Indian journal of veterinary science and animal husbandry - Volume 1,
Year: 1931
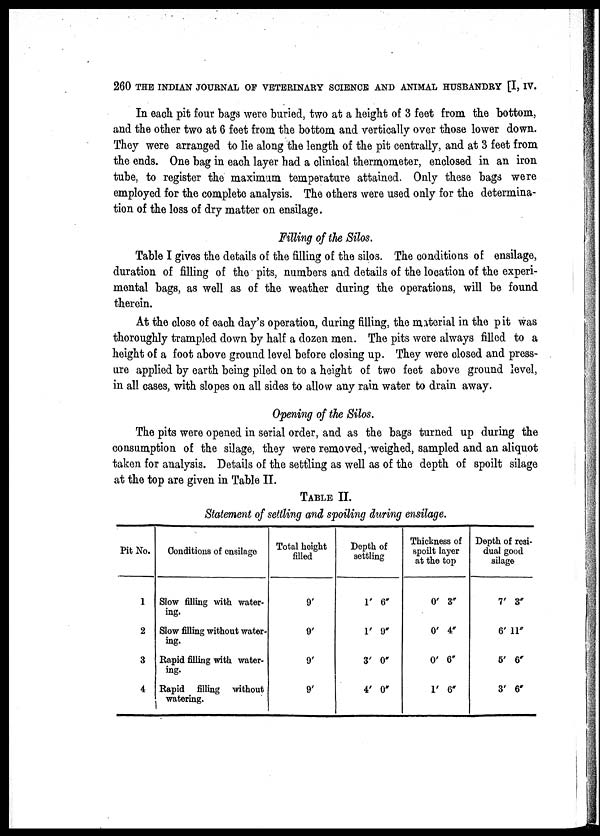
260 THE INDIAN JOURNAL OF VETERINARY SCIENCE AND ANIMAL HUSBANDRY [I, IV.
In each pit four bags were buried, two at a height of 3 feet from the bottom,
and the other two at 6 feet from the bottom and vertically over those lower down.
They were arranged to lie along the length of the pit centrally, and at 3 feet from
the ends. One bag in each layer had a clinical thermometer, enclosed in an iron
tube, to register the maximum temperature attained. Only these bags were
employed for the complete analysis. The others were used only for the determina-
tion of the loss of dry matter on ensilage.
Filling of the Silos.
Table I gives the details of the filling of the silos. The conditions of ensilage,
duration of filling of the pits, numbers and details of the location of the experi-
mental bags, as well as of the weather during the operations, will be found
therein.
At the close of each day's operation, during filling, the material in the pit was
thoroughly trampled down by half a dozen men. The pits were always filled to a
height of a foot above ground level before closing up. They were closed and press-
ure applied by earth being piled on to a height of two feet above ground level,
in all cases, with slopes on all sides to allow any rain water to drain away.
Opening of the Silos.
The pits were opened in serial order, and as the bags turned up during the
consumption of the silage, they were removed, weighed, sampled and an aliquot
taken for analysis. Details of the settling as well as of the depth of spoilt silage
at the top are given in Table II.
TABLE II.
Statement of settling and spoiling during ensilage.
Pit No.
1
2
3
4
Conditions of ensilage
Slow filling with water-
ing.
Slow filling without water-
ing.
Rapid filling with water-
ing.
Rapid filling without
watering.
Total height
filled
9'
9'
9'
9'
Depth of
settling
1' 6"
1' 9"
3' 0"
4' 0"
Thickness of
spoilt layer
at the top
0' 3"
0' 4"
0' 6"
1' 6"
Depth of resi-
dual good
silage
7' 3"
6' 11"
5' 6"
3' 6"